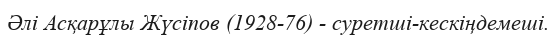
Әлі Асқарұлы Жүсіпов (1928-76) - суретші-кескіңдемеші.